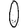
Digit: 0